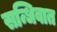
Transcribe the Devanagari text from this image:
सन्धिवात